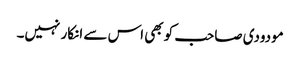
مودودی صاحب کو بھی اس سے انکار نہیں۔